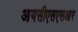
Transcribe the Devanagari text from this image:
आयसीएसएसआर